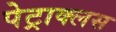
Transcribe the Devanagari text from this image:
पेट्राक्लस